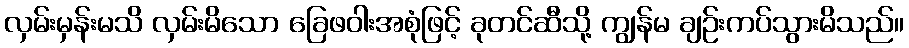
လှမ်းမှန်းမသိ လှမ်းမိသော ခြေဖဝါးအစုံဖြင့် ခုတင်ဆီသို့ ကျွန်မ ချဉ်းကပ်သွားမိသည်။